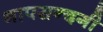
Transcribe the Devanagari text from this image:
नापसन्दगी